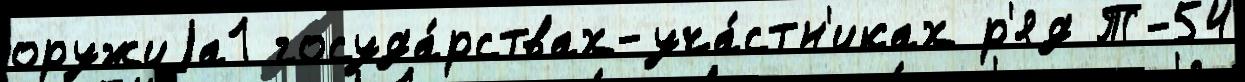
оружиjа1 госуда́рствах-уча́стн'иках р'яд Т-54